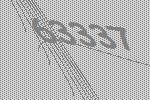
63337